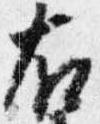
右